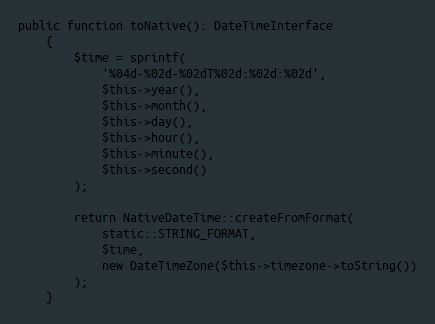
Language: PHP
public function toNative(): DateTimeInterface
    {
        $time = sprintf(
            '%04d-%02d-%02dT%02d:%02d:%02d',
            $this->year(),
            $this->month(),
            $this->day(),
            $this->hour(),
            $this->minute(),
            $this->second()
        );

        return NativeDateTime::createFromFormat(
            static::STRING_FORMAT,
            $time,
            new DateTimeZone($this->timezone->toString())
        );
    }